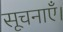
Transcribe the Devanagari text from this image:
सूचनाएँ।